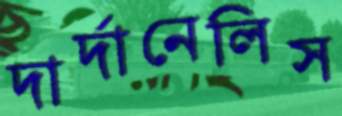
দার্দানেলিস